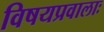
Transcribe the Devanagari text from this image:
विषयप्रवालाः